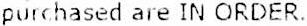
PURCHASED ARE IN ORDER.